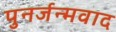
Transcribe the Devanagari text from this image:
पुनर्जन्मवाद